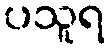
ပသူရ